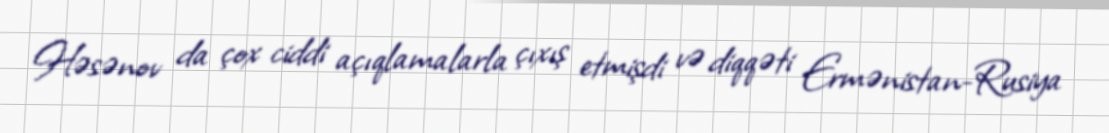
Həsənov da çox ciddi açıqlamalarla çıxış etmişdi və diqqəti Ermənistan-Rusiya